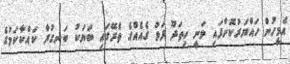
އެމީހުން ހައްޔަރުކޮށްފައި ވަނީ ހިތަދޫ ފަޅު ގެއެއްގެ ތެރޭގައި ބަޔަކު ބަނގުރާ ކައްކާކަމުގެ